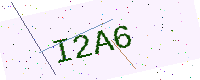
Text: I2A6